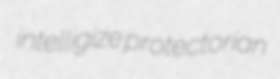
intelligize protectorian